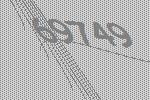
69749